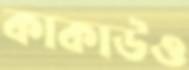
কাকাউও